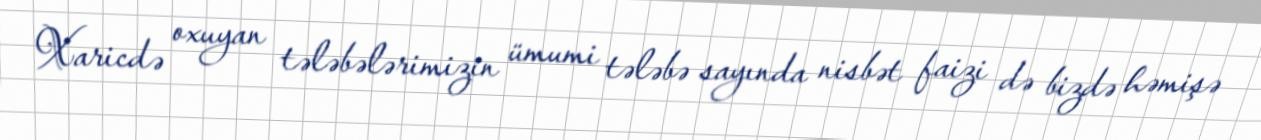
Xaricdə oxuyan tələbələrimizin ümumi tələbə sayında nisbət faizi də bizdə həmişə